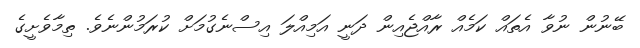
ބޭނުން ނުވާ އެތައް ކަމެއް ރާއްޖެއިން ދަނީ އަމިއްލަ އިސްނެގުމަށް ކުރަމުންނެވެ. ތިމާވެށީގެ